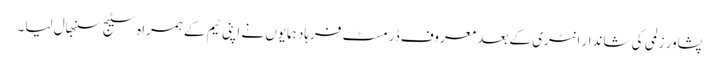
پشاور زلمی کی شاندار انٹری کے بعد معروف ڈرمسٹ فرہاد ہمایوں نے اپنی ٹیم کے ہمراہ سٹیج سنبھال لیا۔